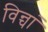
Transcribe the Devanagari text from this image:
विन्चां